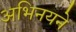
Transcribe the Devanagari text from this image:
अभिनयने